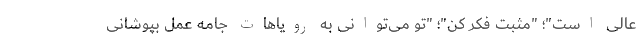
عالی است"؛ "مثبت فکر کن"؛ "تو می‌توانی به رویاهات جامه عمل بپوشانی